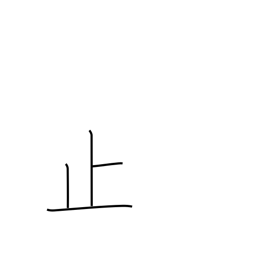
Meaning: stop